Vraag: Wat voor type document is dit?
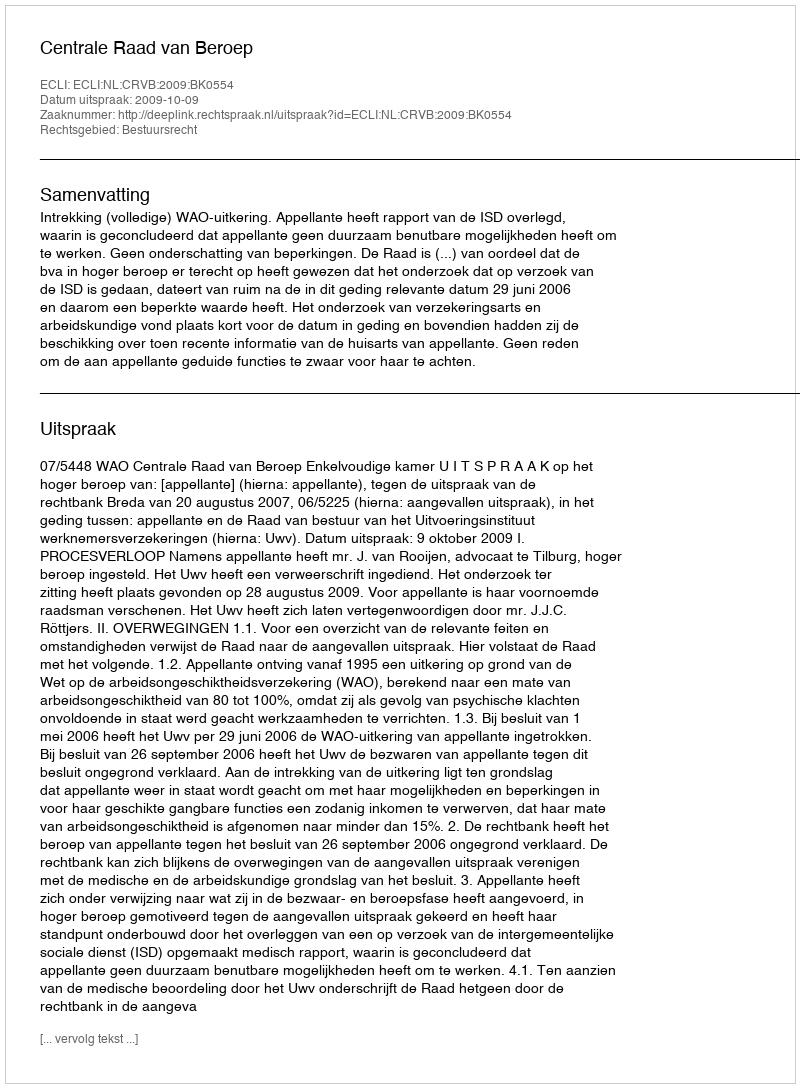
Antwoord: Uitspraak